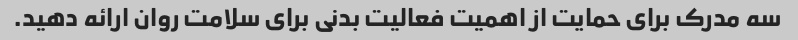
سه مدرک برای حمایت از اهمیت فعالیت بدنی برای سلامت روان ارائه دهید.